Lunatic asylums in Bengal annual reports 1888-1898 - 1888-1898
Year: 1888
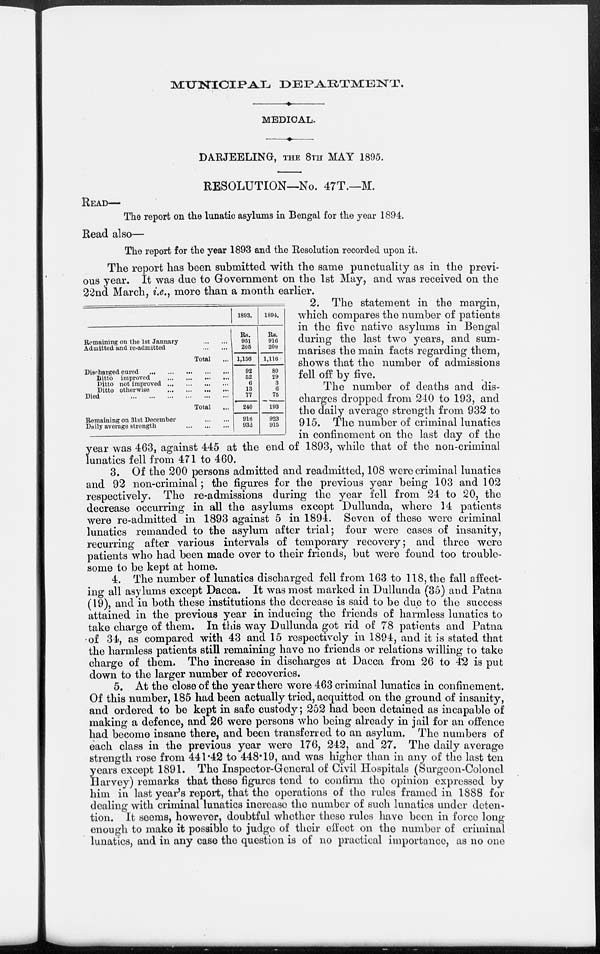
MUNICIPAL DEPARTMENT.
MEDICAL.
DARJEELING, THE 8TH MAY 1895.
RESOLUTION—No. 47T.—M.
READ—
The report on the lunatic asylums in Bengal for the year 1894.
Read also—
The report for the year 1893 and the Resolution recorded upon it.
The report has been submitted with the same punctuality as in the previ-
ous year. It was due to Government on the 1st May, and was received on the
22nd March, i.e., more than a month earlier.
Remaining on the 1st January
...
...
Admitted and re-admitted
...
...
Total ...
Discharged cured ... ... ... ... ...
Ditto improved
...
...
...
...
Ditto not improved
...
...
...
...
Ditto otherwise
...
...
...
...
Died
...
...
...
...
...
...
Total ...
Remaining on 31st December
...
...
Daily average strength
...
...
...
1893.
Rs.
951
205
1,156
92
52
6
13
77
240
916
932
1894.
Rs.
916
200
1,116
80
29
3
6
75
193
923
915
2. The statement in the margin,
which compares the number of patients
in the five native asylums in Bengal
during the last two years, and sum-
marises the main facts regarding them,
shows that the number of admissions
fell off by five.
The number of deaths and dis-
charges dropped from 240 to 193, and
the daily average strength from 932 to
915. The number of criminal lunatics
in confinement on the last day of the
year was 463, against 445 at the end of 1893, while that of the non-criminal
lunatics fell from 471 to 460.
3. Of the 200 persons admitted and readmitted, 108 were criminal lunatics
and 92 non-criminal; the figures for the previous year being 103 and 102
respectively. The re-admissions during the year fell from 24 to 20, the
decrease occurring in all the asylums except Dullunda, where 14 patients
were re-admitted in 1893 against 5 in 1894. Seven of these were criminal
lunatics remanded to the asylum after trial; four were cases of insanity,
recurring after various intervals of temporary recovery; and three were
patients who had been made over to their friends, but were found too trouble-
some to be kept at home.
4. The number of lunatics discharged fell from 163 to 118, the fall affect-
ing all asylums except Dacca. It was most marked in Dullunda (35) and Patna
(19), and in both these institutions the decrease is said to be due to the success
attained in the previous year in inducing the friends of harmless lunatics to
take charge of them. In this way Dullunda got rid of 78 patients and Patna
of 34, as compared with 43 and 15 respectively in 1894, and it is stated that
the harmless patients still remaining have no friends or relations willing to take
charge of them. The increase in discharges at Dacca from 26 to 42 is put
down to the larger number of recoveries.
5. At the close of the year there were 463 criminal lunatics in confinement.
Of this number, 185 had been actually tried, acquitted on the ground of insanity,
and ordered to be kept in safe custody; 252 had been detained as incapable of
making a defence, and 26 were persons who being already in jail for an offence
had become insane there, and been transferred to an asylum. The numbers of
each class in the previous year were 176, 242, and 27. The daily average
strength rose from 441.42 to 448.19, and was higher than in any of the last ten
years except 1891. The Inspector-General of Civil Hospitals (Surgeon-Colonel
Harvey) remarks that these figures tend to confirm the opinion expressed by
him in last year's report, that the operations of the rules framed in 1888 for
dealing with criminal lunatics increase the number of such lunatics under deten-
tion. It seems, however, doubtful whether these rules have been in force long
enough to make it possible to judge of their effect on the number of criminal
lunatics, and in any case the question is of no practical importance, as no one